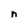
Character: n